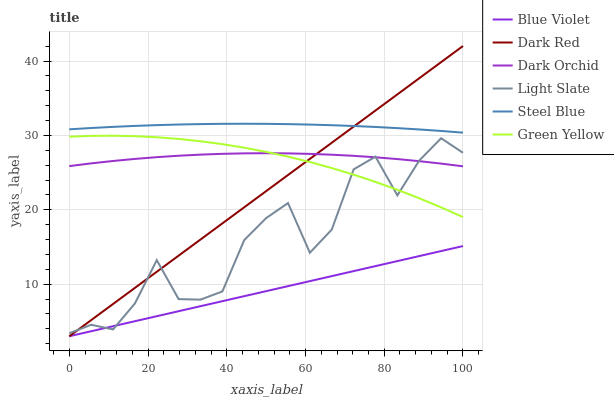
| xaxis_label | Blue Violet | Dark Red | Dark Orchid | Light Slate | Steel Blue | Green Yellow |
 | --- | --- | --- | --- | --- | --- | --- |
 | 0 | 3 | 3 | 25.9 | 3.4 | 30.8 | 29.8 |
 | 5.56 | 3.67 | 5.17 | 26.2 | 4.55 | 31 | 29.9 |
 | 11.1 | 4.35 | 7.34 | 26.6 | 3.91 | 31.2 | 30 |
 | 16.7 | 5.02 | 9.51 | 26.8 | 7.41 | 31.3 | 29.9 |
 | 22.2 | 5.7 | 11.7 | 27.1 | 13.2 | 31.4 | 29.8 |
 | 27.8 | 6.37 | 13.8 | 27.3 | 7.99 | 31.5 | 29.5 |
 | 33.3 | 7.04 | 16 | 27.4 | 7.92 | 31.5 | 29.2 |
 | 38.9 | 7.72 | 18.2 | 27.5 | 9.03 | 31.6 | 28.8 |
 | 44.4 | 8.39 | 20.3 | 27.6 | 15.9 | 31.6 | 28.4 |
 | 50 | 9.06 | 22.5 | 27.6 | 18.9 | 31.6 | 27.8 |
 | 55.6 | 9.74 | 24.7 | 27.6 | 20.9 | 31.5 | 27.2 |
 | 61.1 | 10.4 | 26.9 | 27.5 | 14.2 | 31.5 | 26.4 |
 | 66.7 | 11.1 | 29 | 27.4 | 17.3 | 31.4 | 25.6 |
 | 72.2 | 11.8 | 31.2 | 27.3 | 25.4 | 31.3 | 24.7 |
 | 77.8 | 12.4 | 33.4 | 27.1 | 27.2 | 31.1 | 23.8 |
 | 83.3 | 13.1 | 35.5 | 26.8 | 21.9 | 31 | 22.7 |
 | 88.9 | 13.8 | 37.7 | 26.5 | 26.6 | 30.8 | 21.6 |
 | 94.4 | 14.5 | 39.9 | 26.2 | 29.6 | 30.6 | 20.3 |
 | 100 | 15.1 | 42 | 25.9 | 27.7 | 30.4 | 19 |